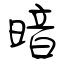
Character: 暗